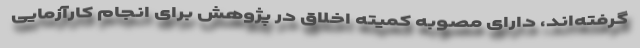
گرفته‌‌اند، دارای مصوبه کمیته اخلاق در پژوهش برای انجام کارآزمایی